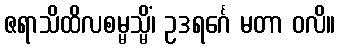
ဇရာသိထိလစမ္မသ္မိံ၊ ဥဒရင်္ဂေ မတာ ဝလိ။